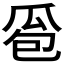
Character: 𰢜